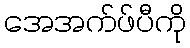
အေအက်ဖ်ပီကို